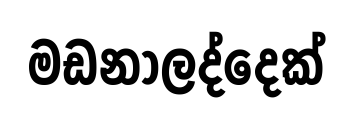
මඩනාලද්දෙක්